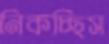
নিকচ্ছিস